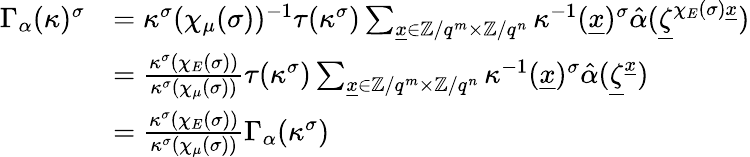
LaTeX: \begin{array}{rl}{\Gamma_{\alpha}(\kappa)^{\sigma}}&{=\kappa^{\sigma}(\chi_{\mu}(\sigma))^{-1}\tau(\kappa^{\sigma})\sum_{\underline{x}\in\mathbb Z/q^{m}\times\mathbb Z/q^{n}}\kappa^{-1}(\underline{x})^{\sigma}\hat{\alpha}(\underline{\zeta}^{\chi_{E}(\sigma)\underline{x}})}\\ &{=\frac{\kappa^{\sigma}(\chi_{E}(\sigma))}{\kappa^{\sigma}(\chi_{\mu}(\sigma))}\tau(\kappa^{\sigma})\sum_{\underline{x}\in\mathbb Z/q^{m}\times\mathbb Z/q^{n}}\kappa^{-1}(\underline{x})^{\sigma}\hat{\alpha}(\underline{\zeta}^{\underline{x}})}\\ &{=\frac{\kappa^{\sigma}(\chi_{E}(\sigma))}{\kappa^{\sigma}(\chi_{\mu}(\sigma))}\Gamma_{\alpha}(\kappa^{\sigma})}\end{array}